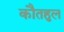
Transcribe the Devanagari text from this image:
कौतहुल